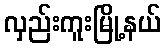
လှည်းကူးမြို့နယ်